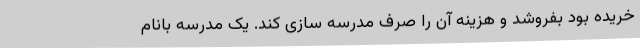
خریده بود بفروشد و هزینه آن را صرف مدرسه ‌سازی کند. یک مدرسه بانام